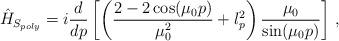
LaTeX: \begin{align*}\hat{H}_{S_{poly}}=i\frac{d}{dp}\left[\left( \frac{2-2\cos(\mu_{0} p)}{\mu_{0}^{2}}+l_{p}^{2}\right)\frac{\mu_{0}}{\sin(\mu_{0}p)} \right] \,,\end{align*}